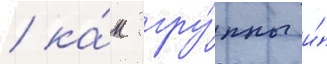
/ ка́к гру́ппы и́